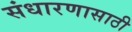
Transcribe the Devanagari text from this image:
संधारणासाठी